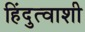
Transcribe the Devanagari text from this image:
हिंदुत्वाशी